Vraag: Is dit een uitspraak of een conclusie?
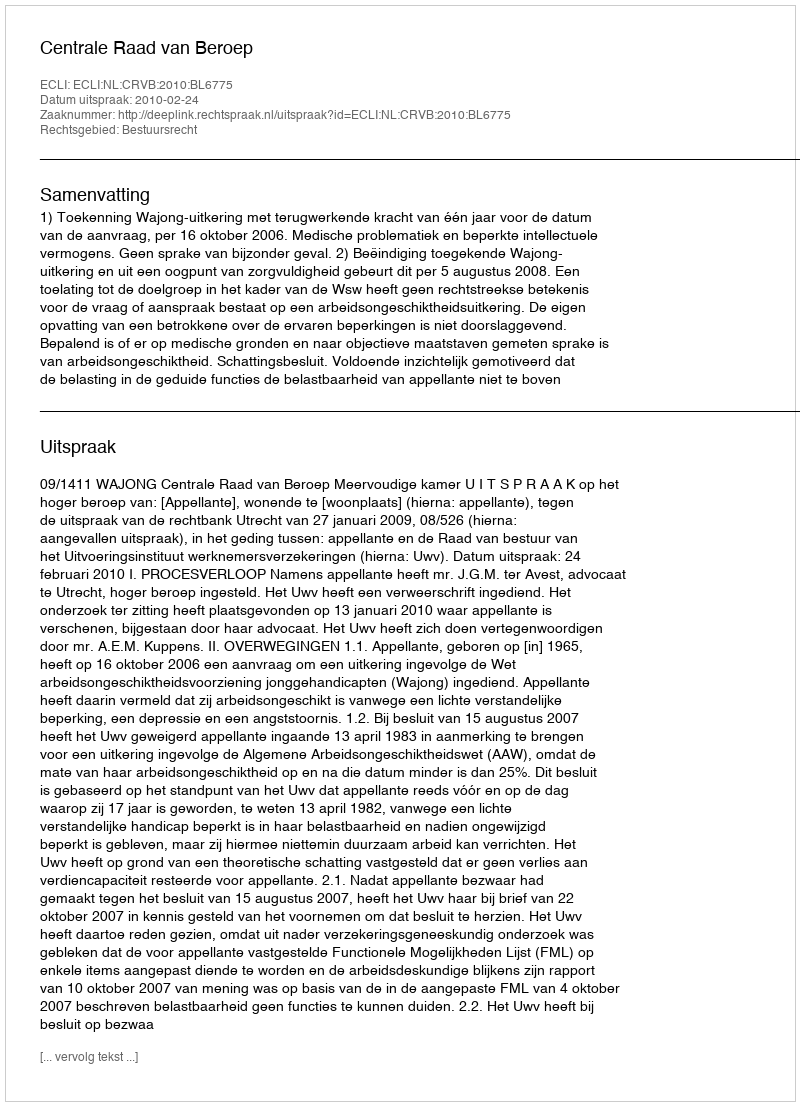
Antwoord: Uitspraak